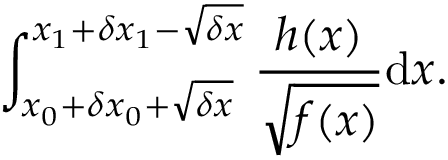
\int _ { x _ { 0 } + \delta x _ { 0 } + \sqrt { \delta x } } ^ { x _ { 1 } + \delta x _ { 1 } - \sqrt { \delta x } } \frac { h ( x ) } { \sqrt { f ( x ) } } \mathrm { d } x .